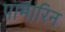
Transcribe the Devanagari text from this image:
पामारिन